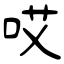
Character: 哎